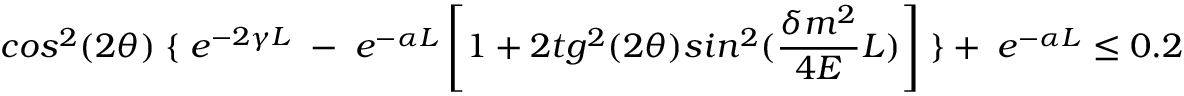
c o s ^ { 2 } ( 2 \theta ) \; \{ \; e ^ { - 2 \gamma L } \; - \; e ^ { - \alpha L } \left[ 1 + 2 t g ^ { 2 } ( 2 \theta ) s i n ^ { 2 } ( \frac { \delta m ^ { 2 } } { 4 E } L ) \right] \; \} + \; e ^ { - \alpha L } \leq 0 . 2